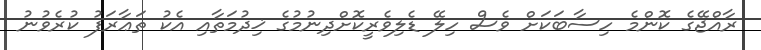
ރާއްޖޭގެ ކޮންމެ ހިސާބަކަށް ވެސް ހިލޭ ޑެލިވެރީކޮށްދިނުމުގެ ޚިދުމަތާއި އެކު ތަޢާރަފު ކުރެވުނު